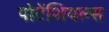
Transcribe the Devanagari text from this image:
पोटेंशियल्स